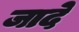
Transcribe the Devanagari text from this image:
जादे